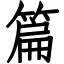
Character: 篇